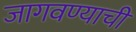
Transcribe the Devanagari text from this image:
जागवण्याची